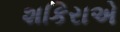
શકિરાએ